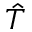
\hat { T }